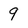
Character: 9